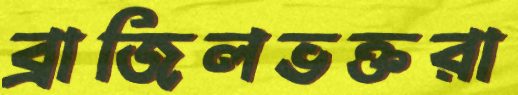
ব্রাজিলভক্তরা